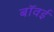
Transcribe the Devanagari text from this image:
बॉवई